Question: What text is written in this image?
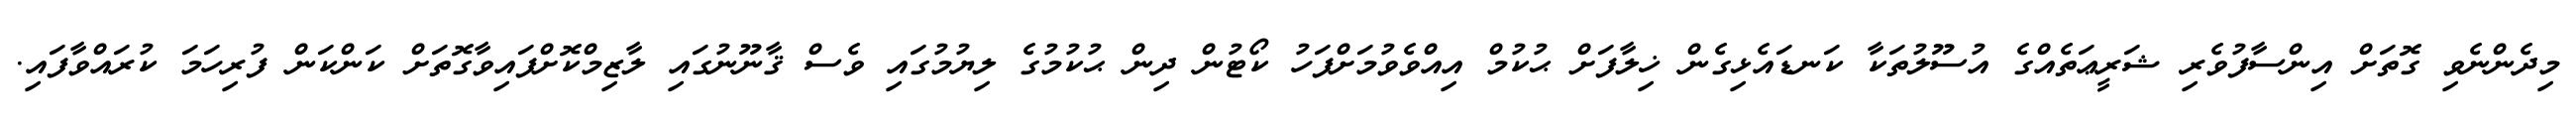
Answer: މިދެންނެވި ގޮތަށް އިންސާފުވެރި ޝަރީޢަތެއްގެ އުސޫލުތަކާ ކަނޑައެޅިގެން ޚިލާފަށް ޙުކުމް އިއްވެވުމަށްފަހު ކޯޓުން ދިން ޙުކުމުގެ ލިޔުމުގައި ވެސް ޤާނޫނުގައި ލާޒިމްކޮށްފައިވާގޮތަށް ކަންކަން ފުރިހަމަ ކުރައްވާފައި.